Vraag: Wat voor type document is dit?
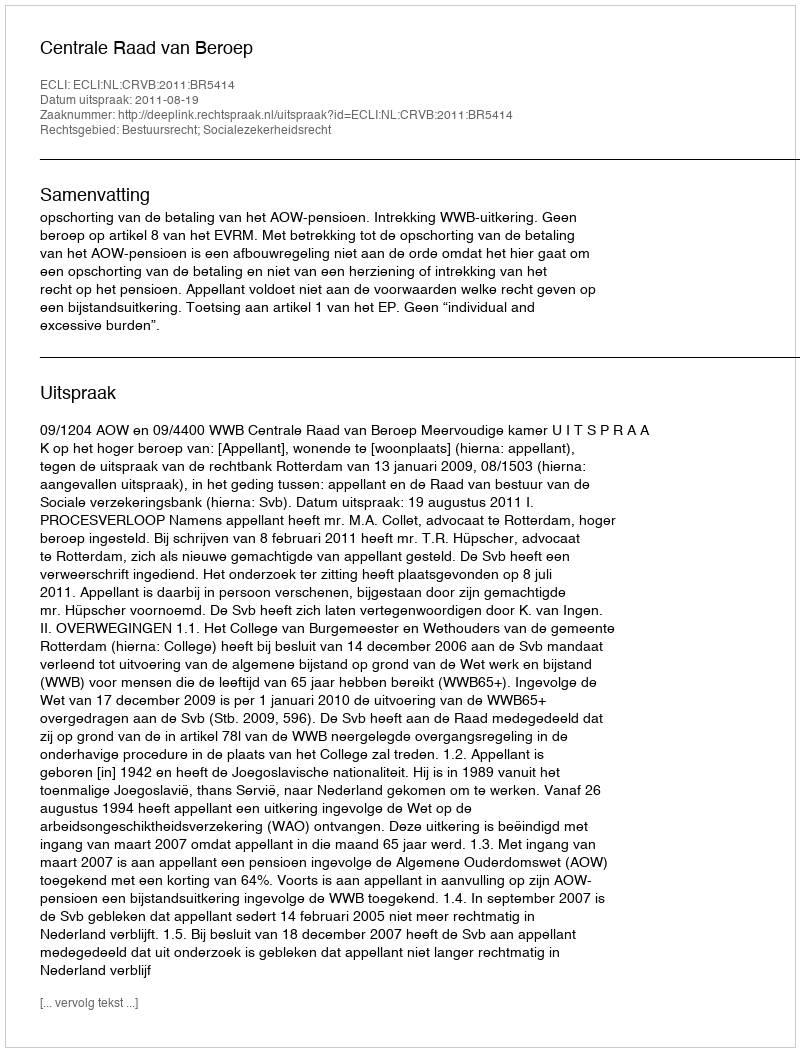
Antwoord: Uitspraak